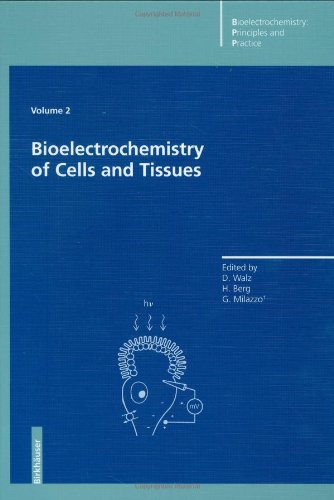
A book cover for Bioelectrochemistry of Cells and Tissues (Bioelectrochemistry: Principles and Practice); Science & Math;